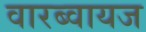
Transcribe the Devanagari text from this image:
वारब्वायज